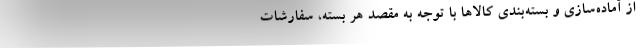
از آماده­سازی و بسته‌بندی کالا‌ها با توجه به مقصد هر بسته،‌ سفارشات